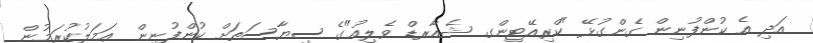
އަދި އެ ކުންފުނިން ގެންގުޅޭ "ކްރިއޭޓިންގ ޝެއާރޑް ވެލިއު"ގެ ސިޔާސަތަށް ކުންފުނިން ޢަމަލުކުރަމުން